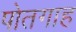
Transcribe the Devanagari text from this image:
पोतगाह